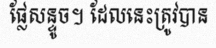
ផ្លែសន្ទូច។ ដែលនេះត្រូវបាន